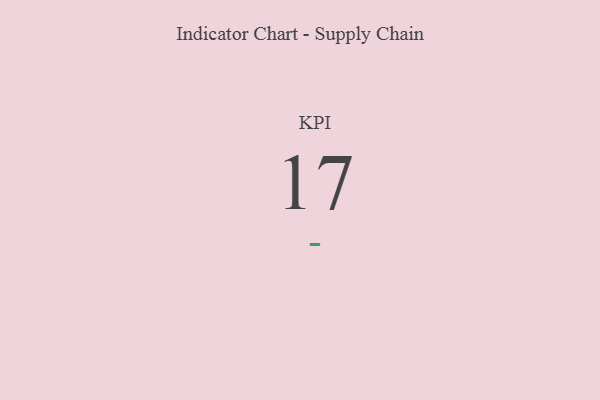
{"axis": {"x": "KPI", "y": "Value"}, "legend": [""], "data": [{"x": "KPI", "y": 17, "type": ""}]}